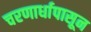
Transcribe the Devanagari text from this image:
चरणार्धापासून